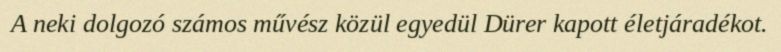
A neki dolgozó számos művész közül egyedül Dürer kapott életjáradékot.